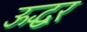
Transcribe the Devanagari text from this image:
ऊद्धर